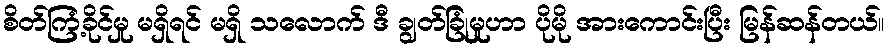
စိတ်ကြံ့ခိုင်မှု မရှိရင် မရှိ သလောက် ဒီ ချွတ်ခြုံမှုဟာ ပိုမို အားကောင်းပြီး မြန်ဆန်တယ်။